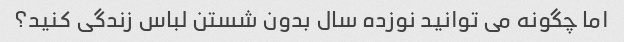
اما چگونه می توانید نوزده سال بدون شستن لباس زندگی کنید؟